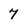
Character: 7